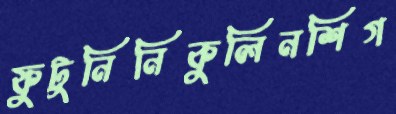
ফুটুনিনিকুলিনশিগ